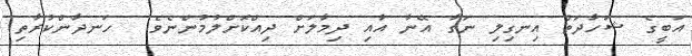
އަބީގެ ޝަހާދަތް އިނގިލި ނަގާ އޭނާ އާއި ދިމާލަށް ދިއްކޮށްލުމުންނެވެ.  ހަނދާންކުރާތި